Civil Veterinary Department Bihar reports 1936-40 - 1936-1940
Year: 1936
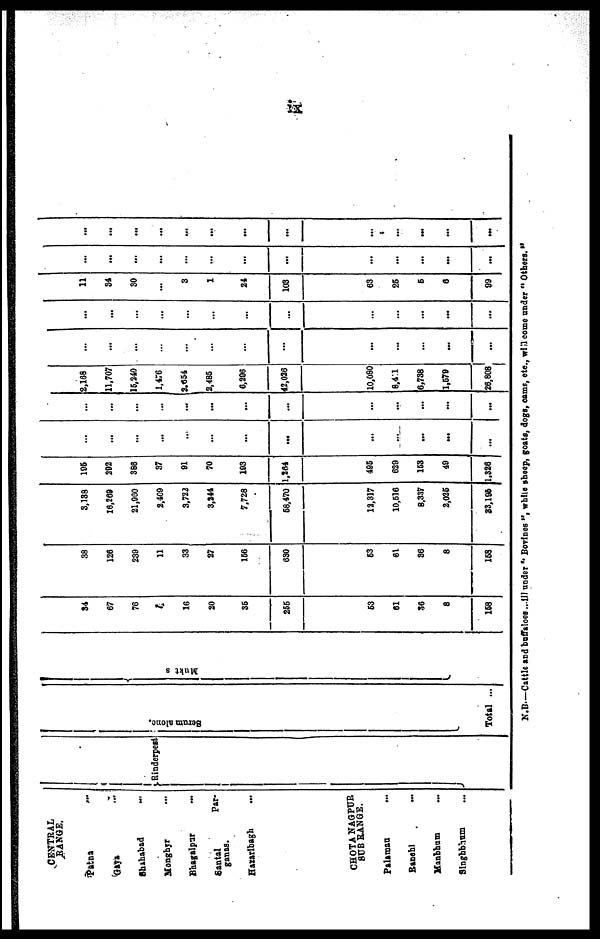
IX
CENTRAL
RANGE.
Patna ...
Gaya ...
Shahabad ...
Mongbyr ...
Bhagalpur ...
Santal
Par-
ganas.
Hazaribagh ...
CHOTA NAGPUR
BUB RANGE.
Palaman ...
Ranchi ...
Manbhum ...
Singhbhum ...
Rinderpest
Se r
um a l
one .
Total ...
Muktesar
34
67
76
4
16
20
35
255
63
61
36
8
168
38
126
239
11
33
27
166
630
63
61
86
8
168
3,138
16,269
21,960
2.409
3,722
3,344
7,728
68,470
12,317
10,616
8,337
2,036
83,195
106
292
386
37
91
70
193
1,264
496
629
163
49
1.326
…
...
…
…
…
…
...
...
...
...
...
...
...
…
…
…
…
…
…
...
…
...
...
...
...
...
2,168
11.707
15,240
1,476
2,654
2,485
6,296
42,026
10,080
8,411
6,738
1,579
26,808
...
...
...
…
…
…
…
...
...
...
…
…
...
...
...
…
…
…
…
…
…
…
...
...
...
…
11
34
30
...
3
1
24
103
63
25
6
6
09
...
...
...
...
...
…
...
...
...
...
...
...
...
...
...
...
...
...
...
...
...
...
...
...
...
...
N.B.—Cattle and buffalose ...ill under " Bovines ", white sheep, goats, dogs, cams, ete., will come under " Others."